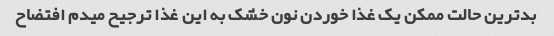
بدترین حالت ممکن یک غذا خوردن نون خشک به این غذا ترجیح میدم افتضاح